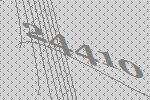
24410